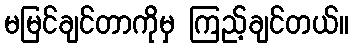
မမြင်ချင်တာကိုမှ ကြည့်ချင်တယ်။